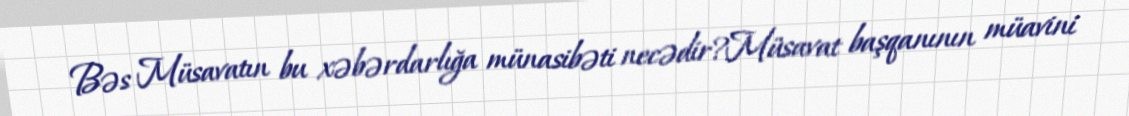
Bəs Müsavatın bu xəbərdarlığa münasibəti necədir?Müsavat başqanının müavini